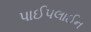
પાઈપલાઈન